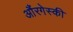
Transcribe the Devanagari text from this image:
औंरगेस्की